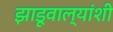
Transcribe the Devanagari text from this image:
झाडूवाल्यांशी